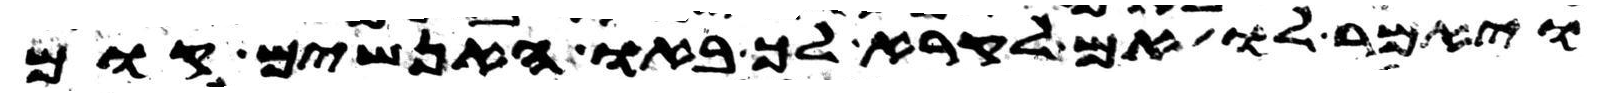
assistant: ויאמר לו אם לקרא לך באו האנשים קום